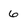
Character: 6